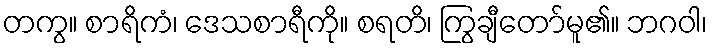
တကွ။ စာရိကံ၊ ဒေသစာရီကို။ စရတိ၊ ကြွချီတော်မူ၏။ ဘဂဝါ၊